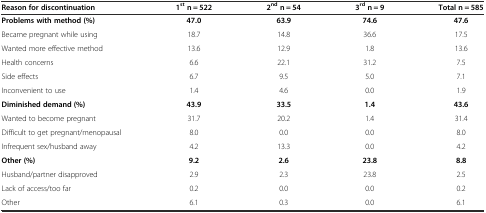
| Reason for discontinuation | 1st n = 522 | 2nd n = 54 | 3rd n = 9 | Total n = 585 |
 | --- | --- | --- | --- | --- |
 | Problems with method (%) | 47.0 | 63.9 | 74.6 | 47.6 |
 | Became pregnant while using | 18.7 | 14.8 | 36.6 | 17.5 |
 | Wanted more effective method | 13.6 | 12.9 | 1.8 | 13.6 |
 | Health concerns | 6.6 | 22.1 | 31.2 | 7.5 |
 | Side effects | 6.7 | 9.5 | 5.0 | 7.1 |
 | Inconvenient to use | 1.4 | 4.6 | 0.0 | 1.9 |
 | Diminished demand (%) | 43.9 | 33.5 | 1.4 | 43.6 |
 | Wanted to become pregnant | 31.7 | 20.2 | 1.4 | 31.4 |
 | Difficult to get pregnant/menopausal | 8.0 | 0.0 | 0.0 | 8.0 |
 | Infrequent sex/husband away | 4.2 | 13.3 | 0.0 | 4.2 |
 | Other (%) | 9.2 | 2.6 | 23.8 | 8.8 |
 | Husband/partner disapproved | 2.9 | 2.3 | 23.8 | 2.5 |
 | Lack of access/too far | 0.2 | 0.0 | 0.0 | 0.2 |
 | Other | 6.1 | 0.3 | 0.0 | 6.1 |